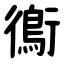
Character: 鵆